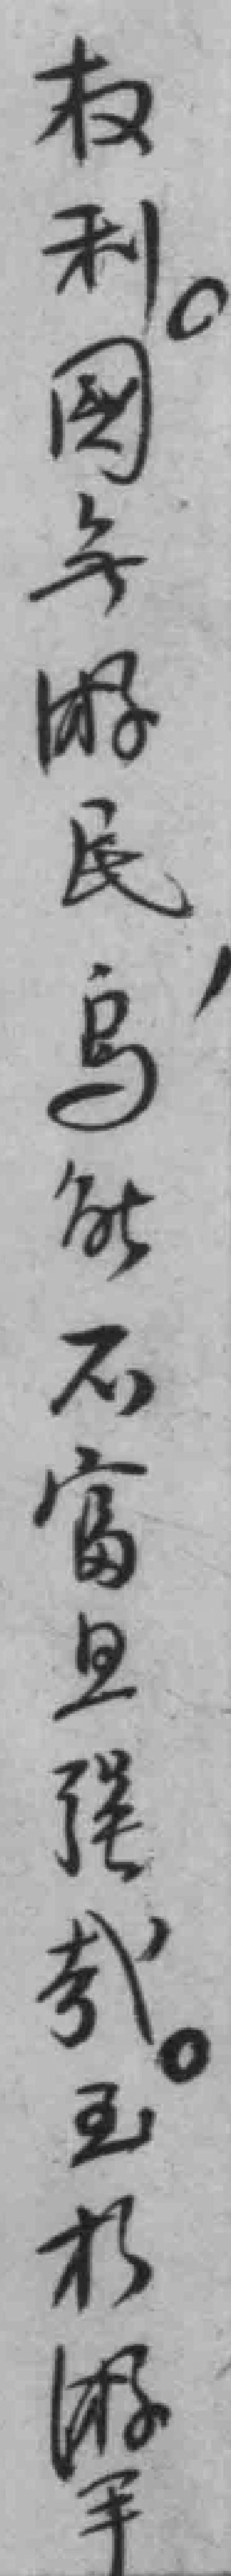
权利。國*民，為能不富旦强*。王*手